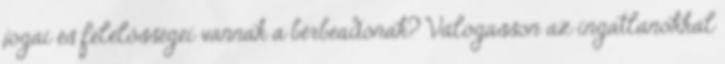
jogai és felelősségei vannak a bérbeadónak? Válogasson az ingatlanokkal